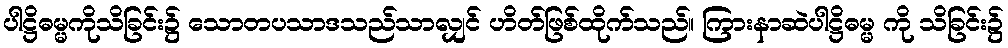
ပါဋ္ဌိဓမ္မကိုသိခြင်း၌ သောတပသာဒသည်သာလျှင် ဟိတ်ဖြစ်ထိုက်သည်။ ကြားနာဆဲပါဋ္ဌိဓမ္မ ကို သိခြင်း၌